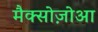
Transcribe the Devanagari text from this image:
मैक्सोज़ोआ